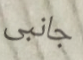
جانبى